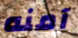
آمنه